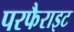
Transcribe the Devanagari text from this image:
परफैराइट